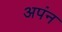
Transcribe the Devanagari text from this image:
अपंन